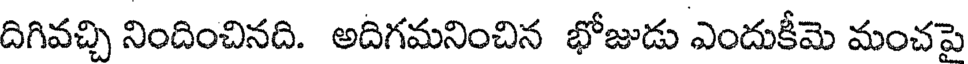
దిగివచ్చి నిందించినది. అదిగమనించిన భోజుడు ఎందుకీమె మంచపై